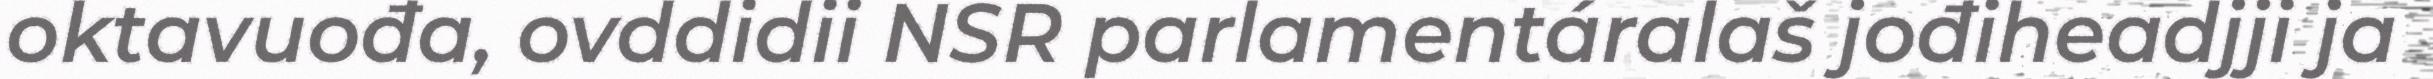
oktavuođa, ovddidii NSR parlamentáralaš jođiheadjji ja